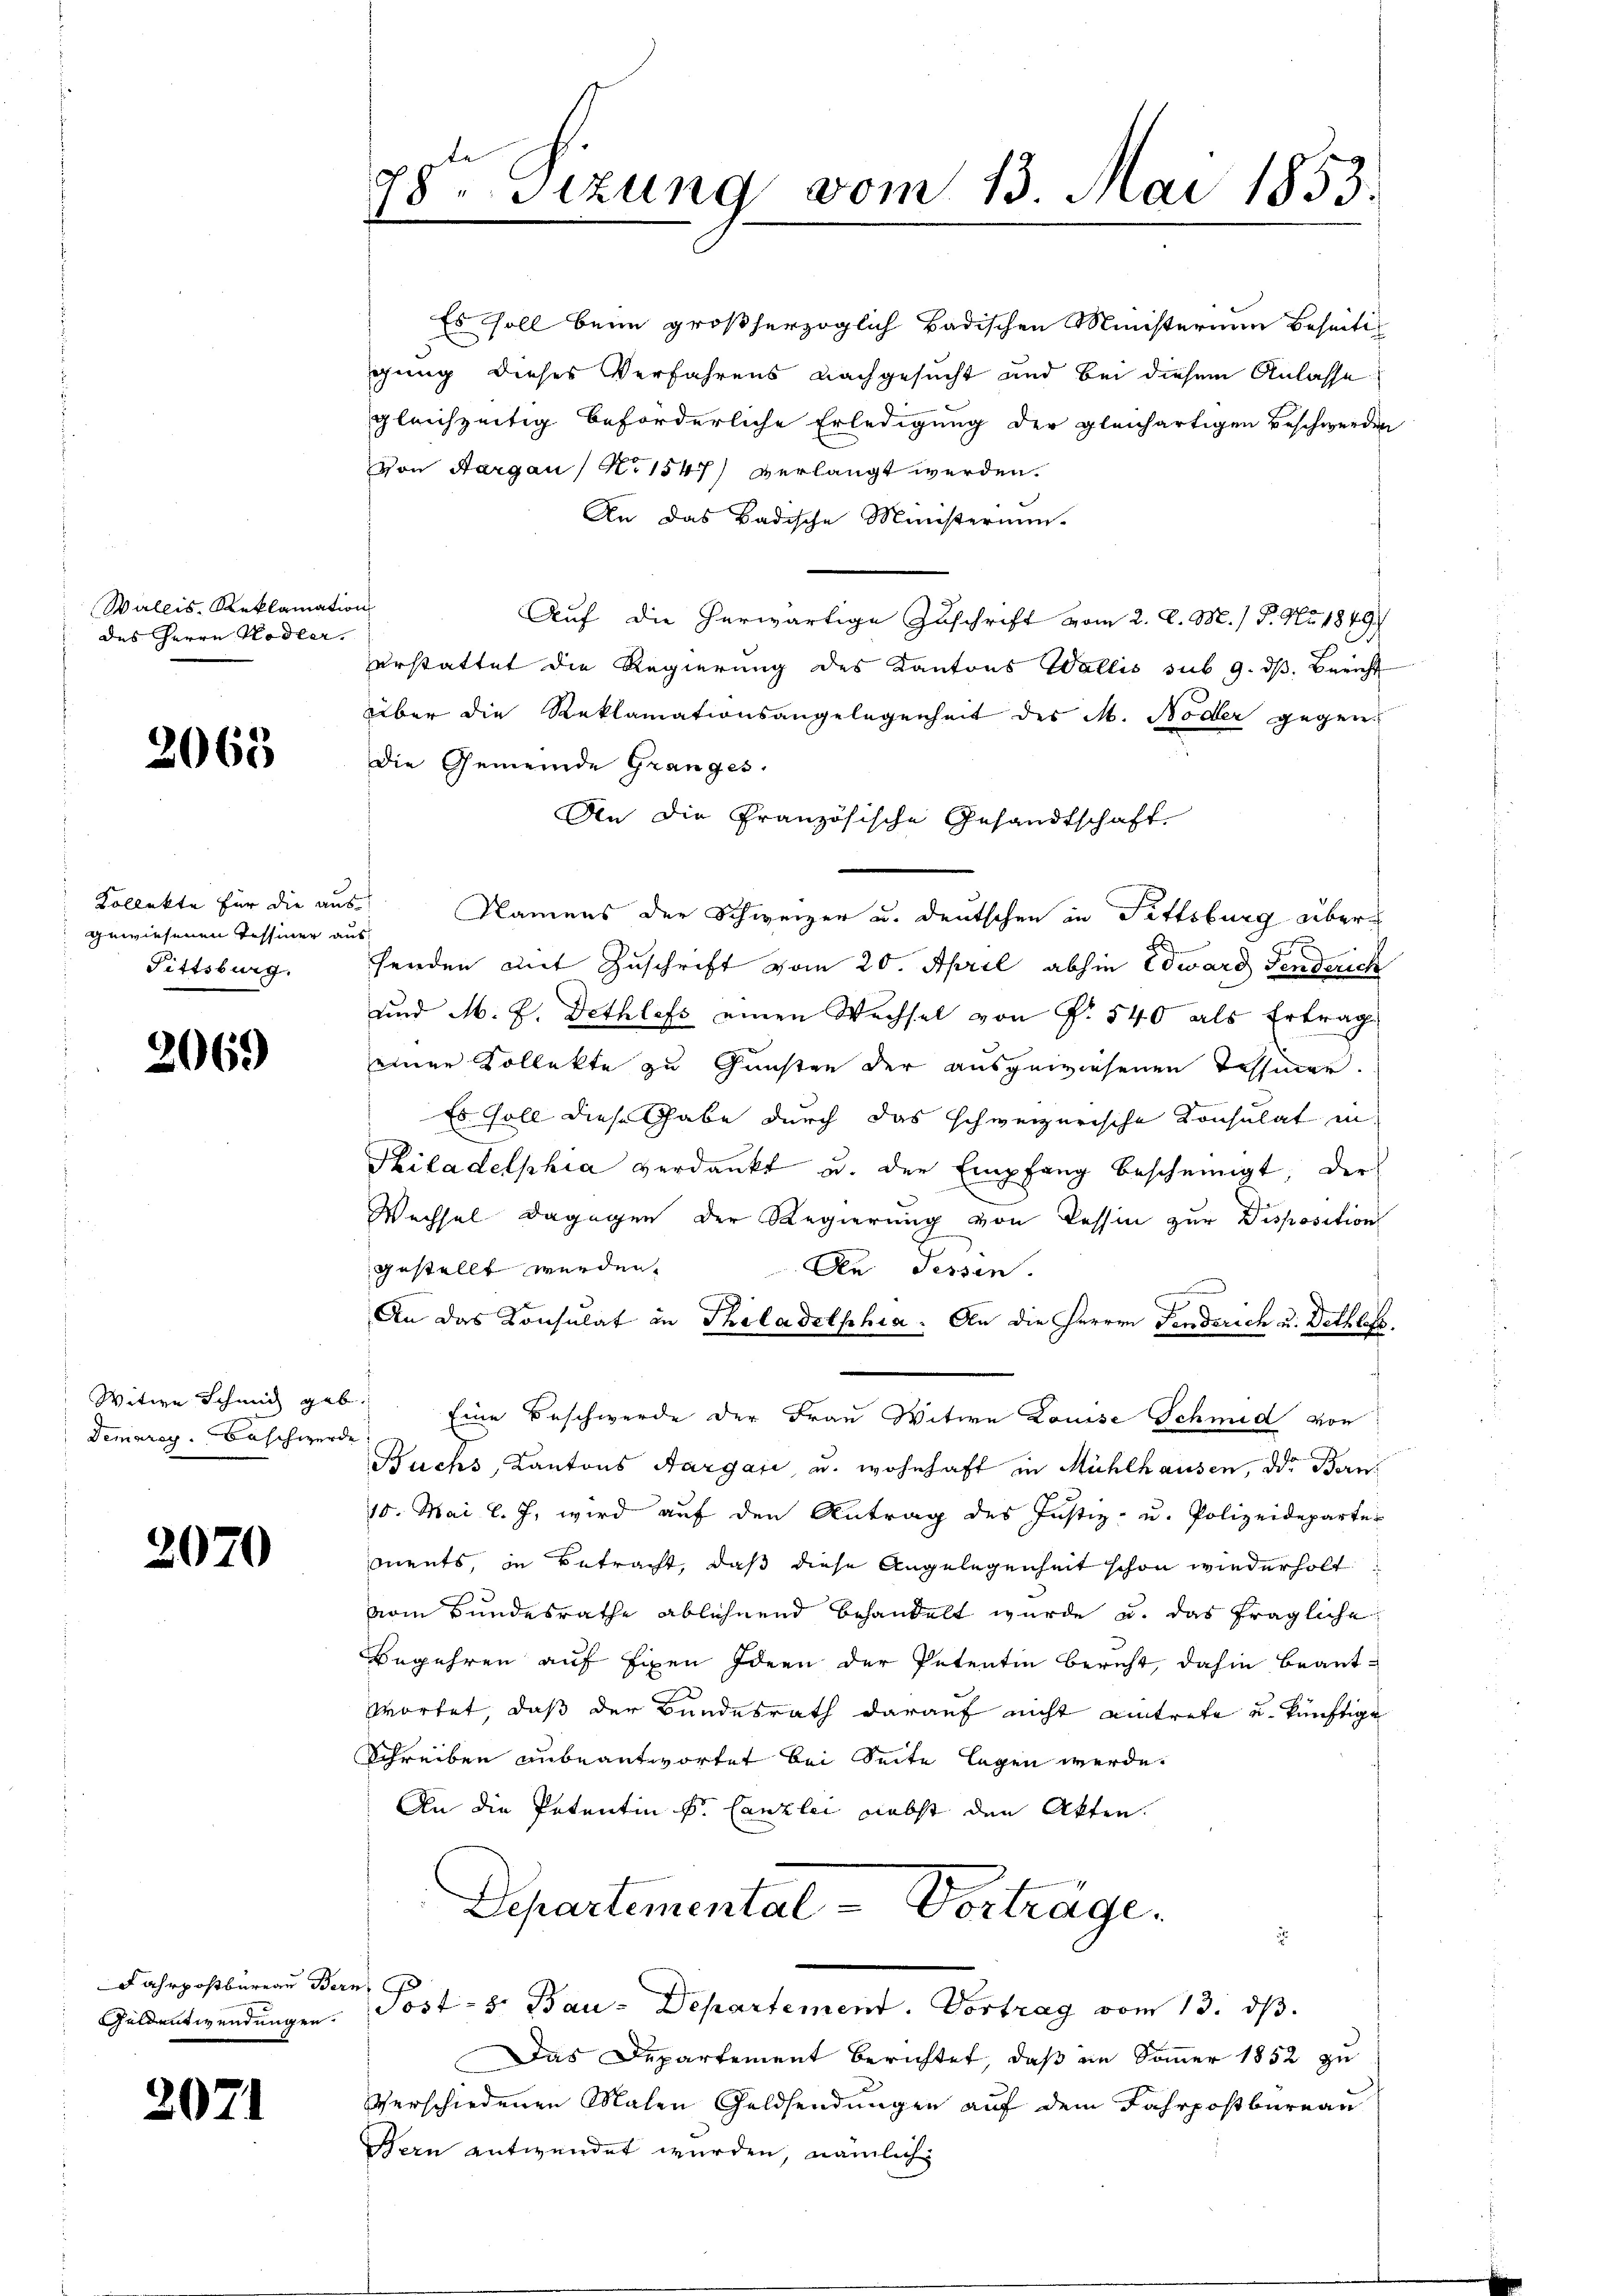
Wallis, Reklamati
des Herrn Hodler.

2063

Kollekte für die an
gewiesenen Teffier an
Fittsburg.

2069)

Witwe Schmid geb
Demarey. Beschwerd

2070

Fahrpostbureau Ber
Geldentwendungen.

2071

28. Sizung vom 13. Mai 1853.
7

Es soll beim großherzoglich badischen Ministerium Beseitig
gung dieses Verfahrens nachgesucht und bei diesem Anlasse
gleichzeitig beförderliche Erledigung der gleichartigen Beschwerden
Von Aargau / No 1547) verlangt werden.
An das Badische Ministerium.
t
Auf die herwärtige Zuschrift vom 2. d. M.) P. Nr. 1849
erstattet die Regierung des Kantons Wallis sub 9. dβ. Bericht
über die Reklamationsangelegenheit des M. Noder gegen¬
Die Gemeinde Granges
An die Französische Gesandtschaft
¬
Namens der Schweizer u. deutschen in Fittsburg über
s
fenden mit Zuschrift vom 20. April abhin Edward Fenderich
und M. J. Dethlefs einen Wechsel von P. 540 als Ertrags
einer Kollekte zu Gunsten der ausgewiesenen Tessiner.
Es soll diese Gabe durch das schweizerische Konsulat in
Kiladelphia verdankt u. der Empfang bescheinigt, der
Wechsel dagegen der Regierung von Tessin zur Disposition
gestellt werden.
An Tessen.
An das Konsulat in Theladelphia. An die Herren Fenderich u. Dethlet
 Eine Beschwerde der Frau Witwe Louise Schmid von
Buchs, Kantons Aargare, u. wohnhaft in Mühlhausen, die Bern
10. Mai l. J. wird auf den Antrag des Justiz- u. Polizeideparter
mnents, in Betracht, daß diese Angelegenheit schon wiederholt
vom Bundesrathe ablehnend behandelt wurde, u. das fragliche
Begehren auf Eigen Ideen der Petentin bericht, dahin beant¬
Wortet, daß der Bundesrath darauf nicht eintrete u. künftige
Schreiben unbeantwortet bei Seite lagen werde.
An die Petentin fr. Canzlei Liebst den Akten.
Departemental - Vorträge.
.
 Post- 8. Bau-Departement. Vortrag vom 13. ds.
Das Departement berichtet, daß im Sommer 1852 zu
verschiedenen Malen Geldsendungen auf dem Fahrpostbureau
Bern entwendet wurden, nämlich